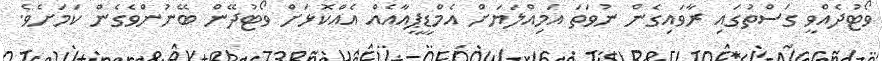
ވޯޓުދެއްވީ ގަސްތުގައި ރާވައިގެން ނުވަތަ އަމިއްލަޔަށް އެމްޑީޕީއާއެއް އެއްކޮޅަށް ވޯޓުދޭން ބޭނުންވެގެން ކަމަށެވެ.